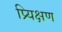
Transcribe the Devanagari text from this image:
प्र्यिक्षण